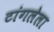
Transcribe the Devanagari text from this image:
टांगलेला